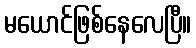
မယောင်ဖြစ်နေလေပြီ။